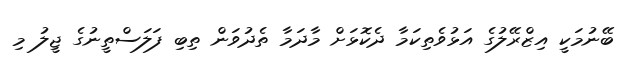
ބޭނުމަކީ އިޒްރޭލުގެ އަޅުވެތިކަމާ ދެކޮޅަށް މާދަމާ ތެދުވަން ތިބި ފަލަސްތީނުގެ ޖީލު މި